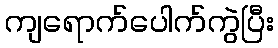
ကျရောက်ပေါက်ကွဲပြီး